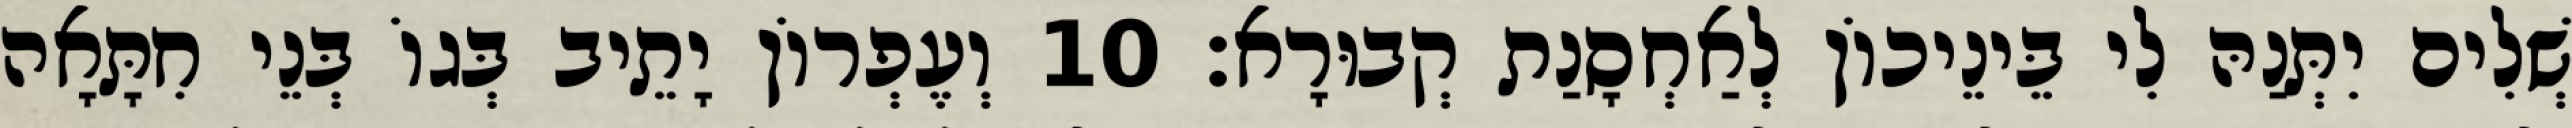
שְׁלִים יִתְּנַהּ לִי בֵּינֵיכוֹן לְאַחְסָנַת קְבוּרָא׃ 10 וְעֶפְרוֹן יָתֵיב בְּגוֹ בְּנֵי חִתָּאָה